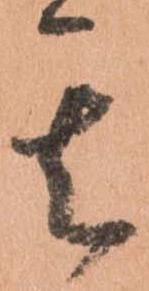
其